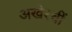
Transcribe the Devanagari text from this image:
अखेरचीं